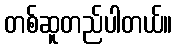
တစ်ဆူတည်ပါတယ်။